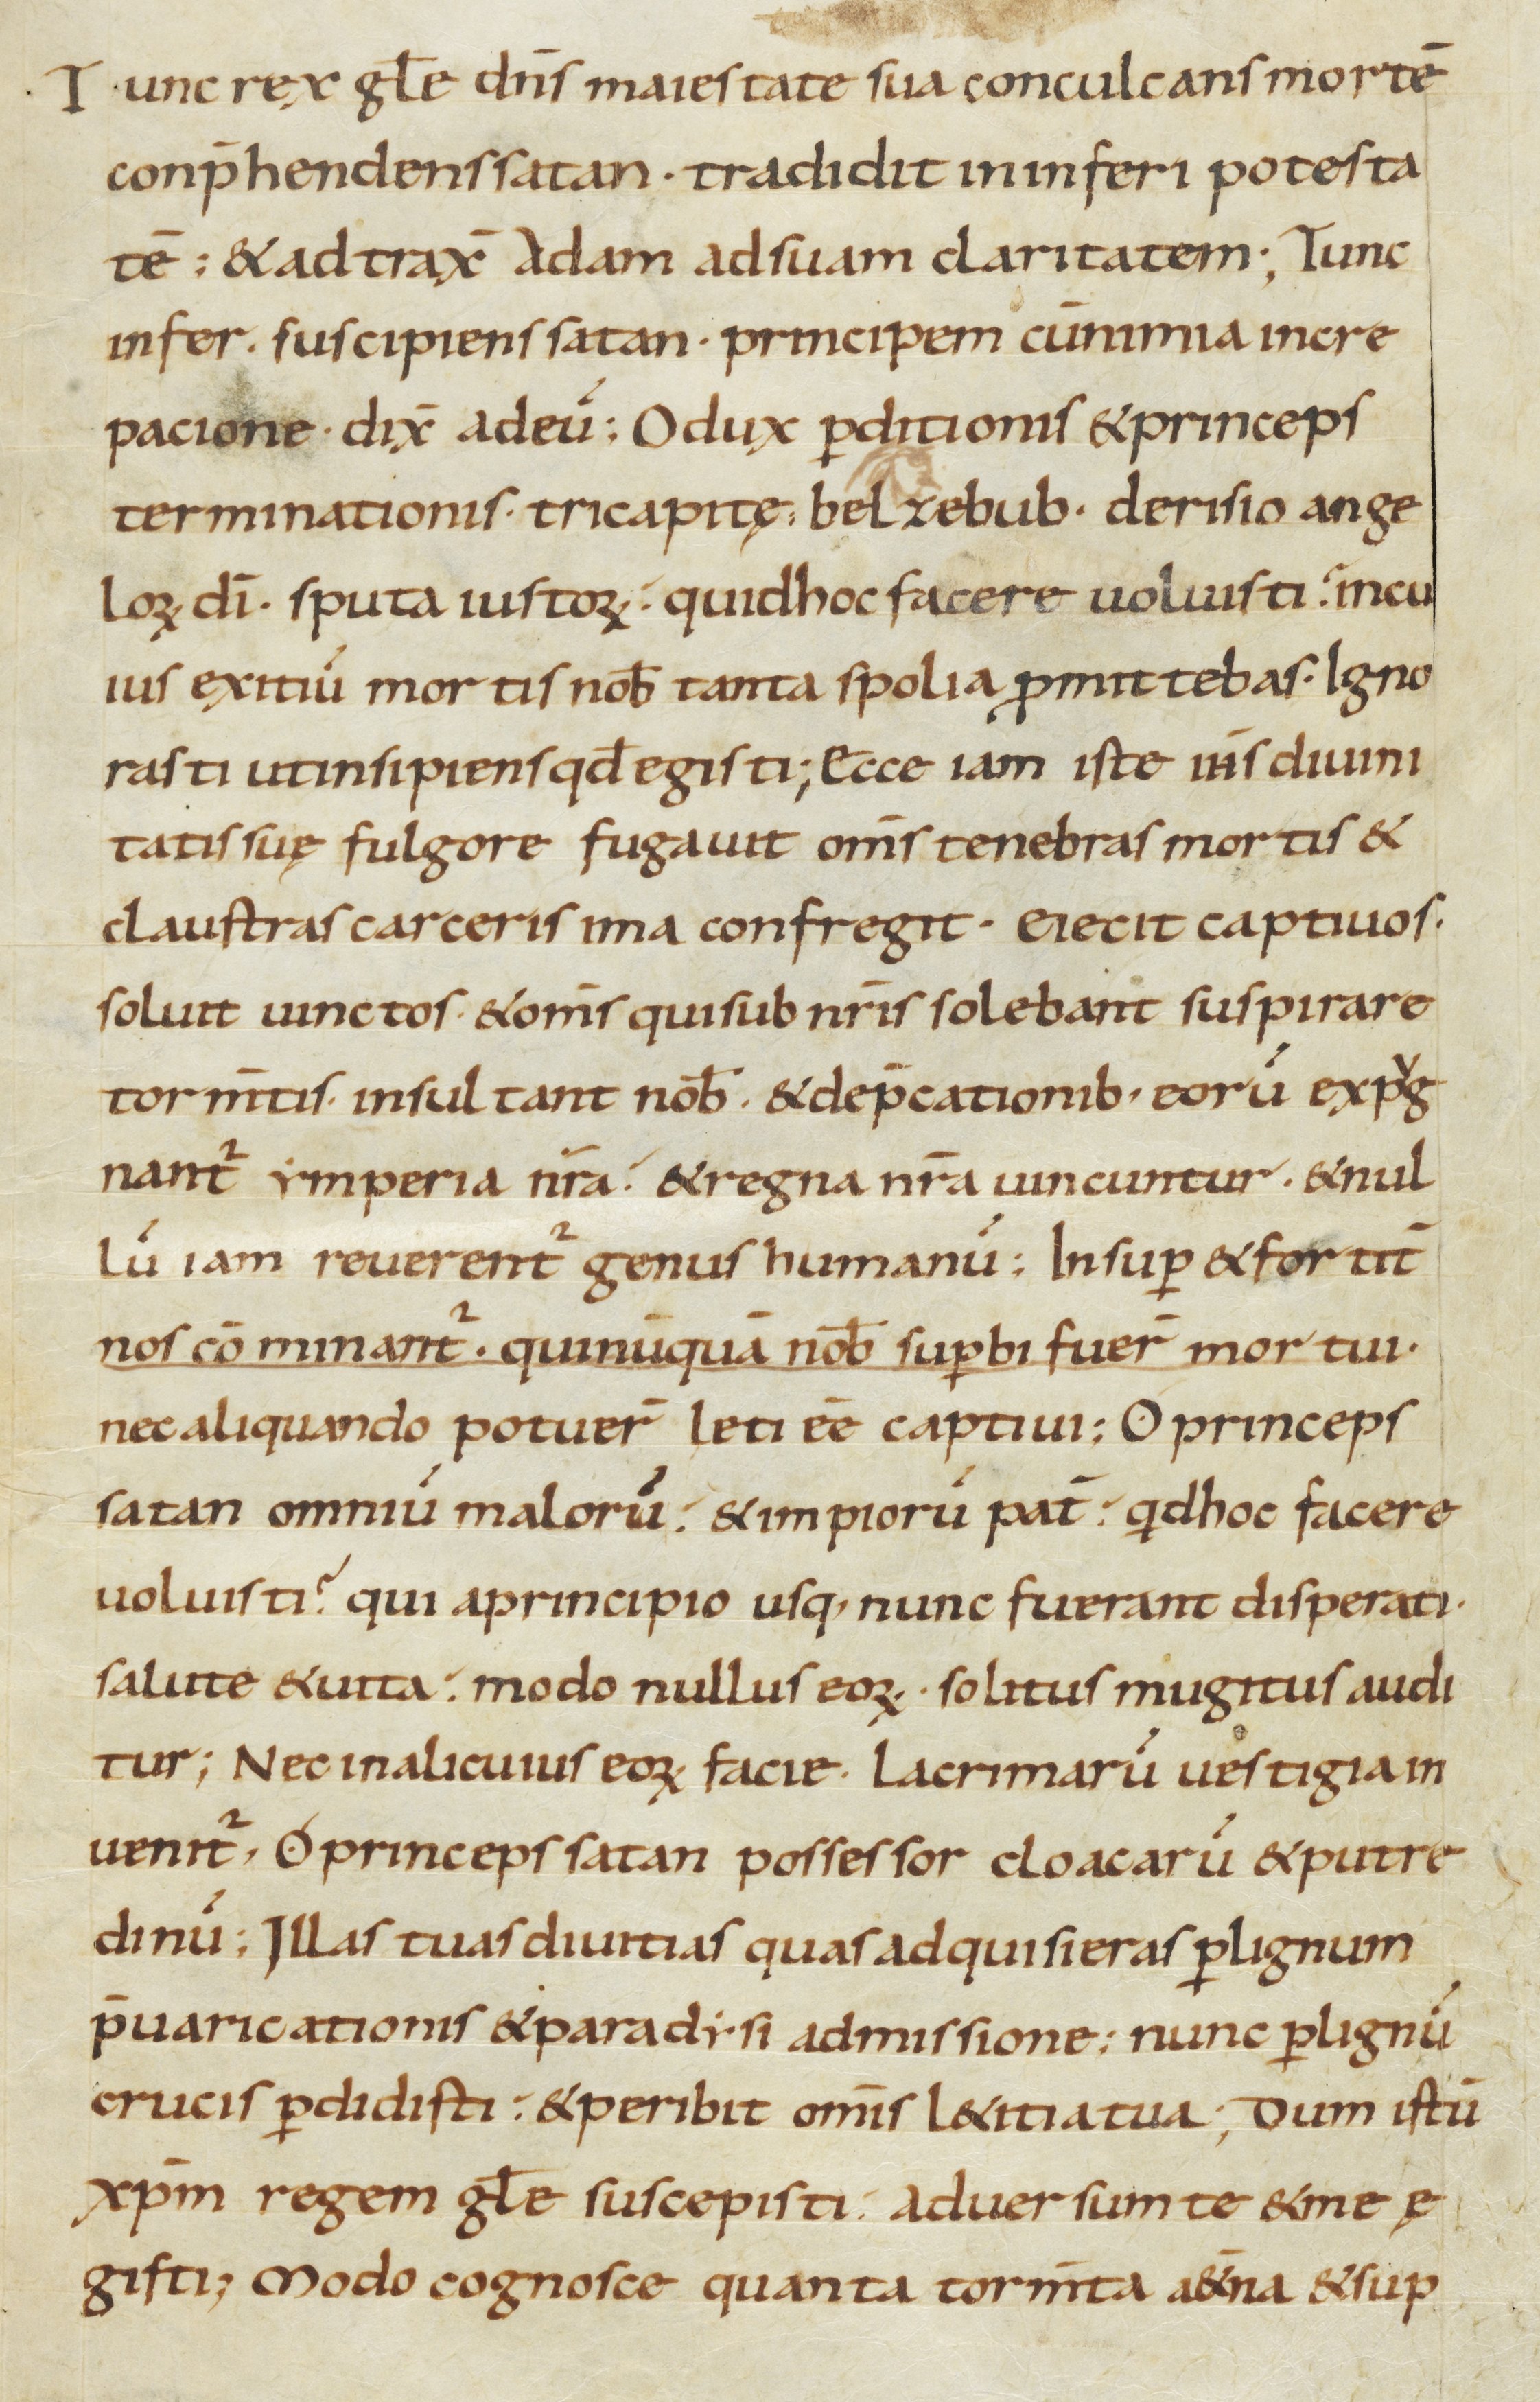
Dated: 800–999